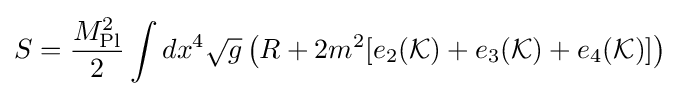
S={\frac {M_{\text{Pl}}^{2}}{2}}\int dx^{4}{\sqrt {g}}\left(R+2m^{2}[e_{2}({\mathcal {K}})+e_{3}({\mathcal {K}})+e_{4}({\mathcal {K}})]\right)